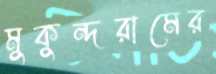
মুকুন্দরামের